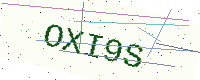
Text: OXI9S